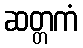
ဆတ္တကံ